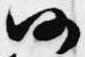
仍